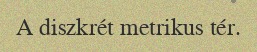
A diszkrét metrikus tér.